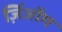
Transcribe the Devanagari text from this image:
ज़िंजोंग